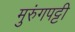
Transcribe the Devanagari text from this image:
मुरुंगपट्टी